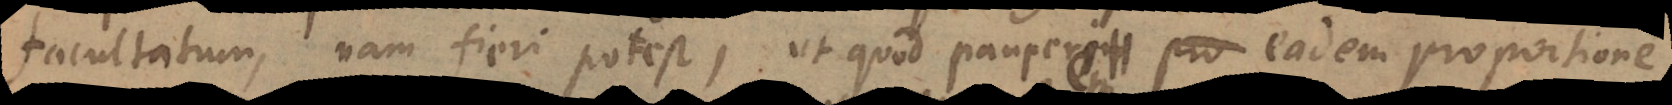
facultatum, nam fieri potest, ut quod pauperem pauperi proportione